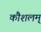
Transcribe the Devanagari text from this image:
कौशलम्‌